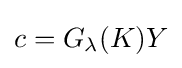
c=G_{\lambda }(K)Y